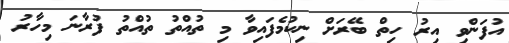
އުފަންވި އިރު ހިތް ބޭރަށް ނިކުމެފައިވާ މި ތުއްތު ތުއްތު ފުރާނަ މިހާރު